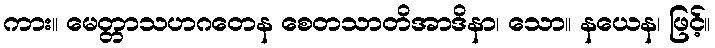
ကား။ မေတ္တာသဟဂတေန စေတသာတိအာဒိနာ၊ သော။ နယေန၊ ဖြင့်။